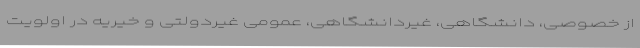
از خصوصی، دانشگاهی، غیردانشگاهی، عمومی غیردولتی و خیریه در اولویت